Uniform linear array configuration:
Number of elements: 12
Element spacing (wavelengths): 1
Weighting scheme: binomial
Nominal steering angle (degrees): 15
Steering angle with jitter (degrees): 15.53
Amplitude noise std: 0.05
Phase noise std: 0.05

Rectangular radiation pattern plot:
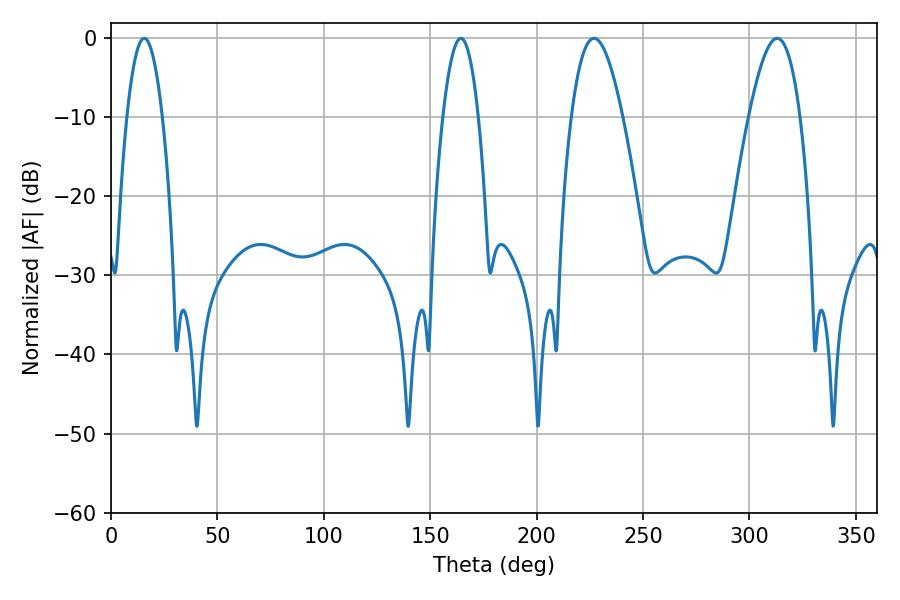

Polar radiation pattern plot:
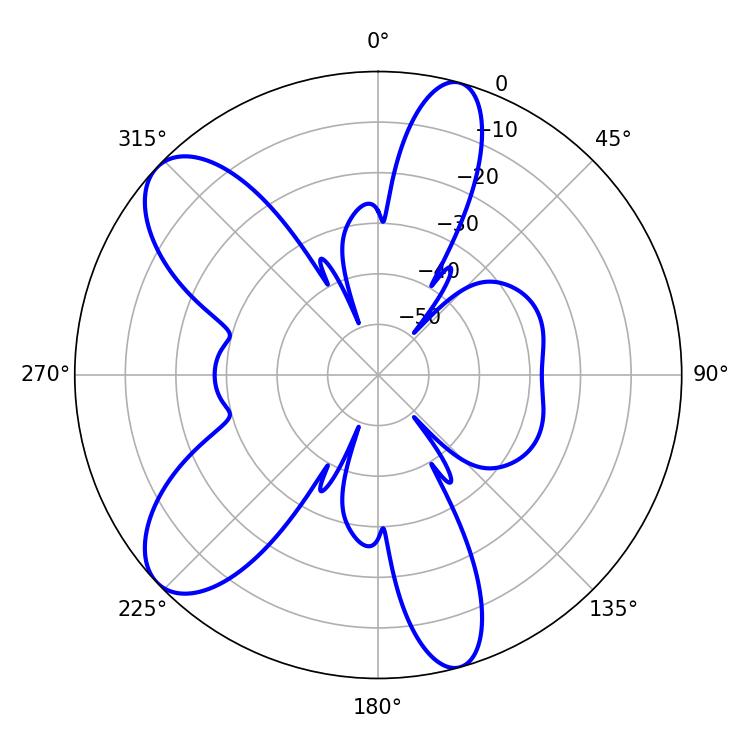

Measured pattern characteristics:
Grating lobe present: TRUE
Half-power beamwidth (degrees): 13.14
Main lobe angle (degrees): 226.98